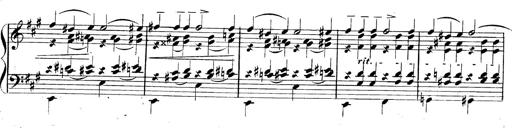
Title: 3 Caprices-Valses
Composer: Franz Liszt